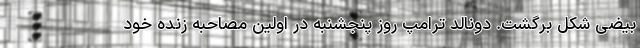
بیضی شکل برگشت. دونالد ترامپ روز پنجشنبه در اولین مصاحبه زنده خود